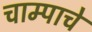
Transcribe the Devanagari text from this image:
चाम्पाचे